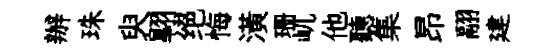
辦珠臾翺绝悔潢珊屼他聽集昂翮建